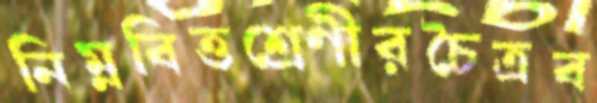
নিম্নবিত্তশ্রেণীরচৈত্রব